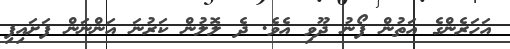
އަހަރެންގެ އަތުން ފޯނު ދޫވި އެވެ. ދެ ލޮލުން ކަރުނަ އަންނަން ފަށައިފި